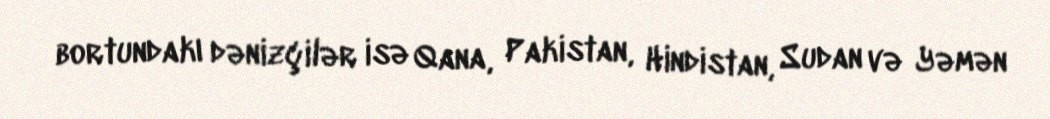
bortundakı dənizçilər isə Qana, Pakistan, Hindistan, Sudan və Yəmən